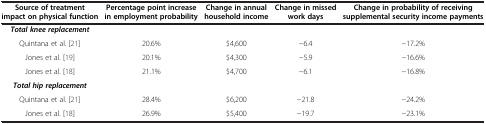
| Source of treatment impact on physical function | Percentage point increase in employment probability | Change in annual household income | Change in missed work days | Change in probability of receiving supplemental security income payments |
 | --- | --- | --- | --- | --- |
 | Total knee replacement |  |  |  |  |
 | Quintana et al.[21] | 20.6% | $4,600 | −6.4 | −17.2% |
 | Jones et al.[19] | 20.1% | $4,300 | −5.9 | −16.6% |
 | Jones et al.[18] | 21.1% | $4,700 | −6.1 | −16.8% |
 | Total hip replacement |  |  |  |  |
 | Quintana et al.[21] | 28.4% | $6,200 | −21.8 | −24.2% |
 | Jones et al.[18] | 26.9% | $5,400 | −19.7 | −23.1% |